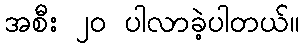
အစီး ၂၀ ပါလာခဲ့ပါတယ်။